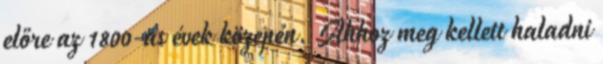
előre az 1800-as évek közepén. Ahhoz meg kellett haladni